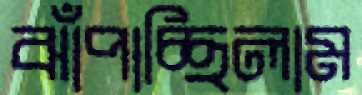
ঝাঁপাচ্ছিলাম